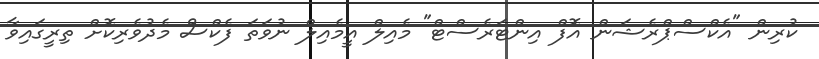
ކުރިން "އެކްސްޕްރެޝަން އޮފް އިންޓަރެސްޓް" މެއިލް އީމެއިލް ނުވަތަ ފެކްސް މެދުވެރިކޮށް ތިރީގައިވާ